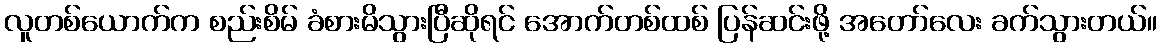
လူတစ်ယောက်က စည်းစိမ် ခံစားမိသွားပြီဆိုရင် အောက်တစ်ထစ် ပြန်ဆင်းဖို့ အတော်လေး ခက်သွားတယ်။